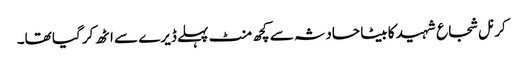
کرنل شجاع شہید کا بیٹا حادثہ سے کچھ منٹ پہلے ڈیرے سے اٹھ کر گیا تھا۔